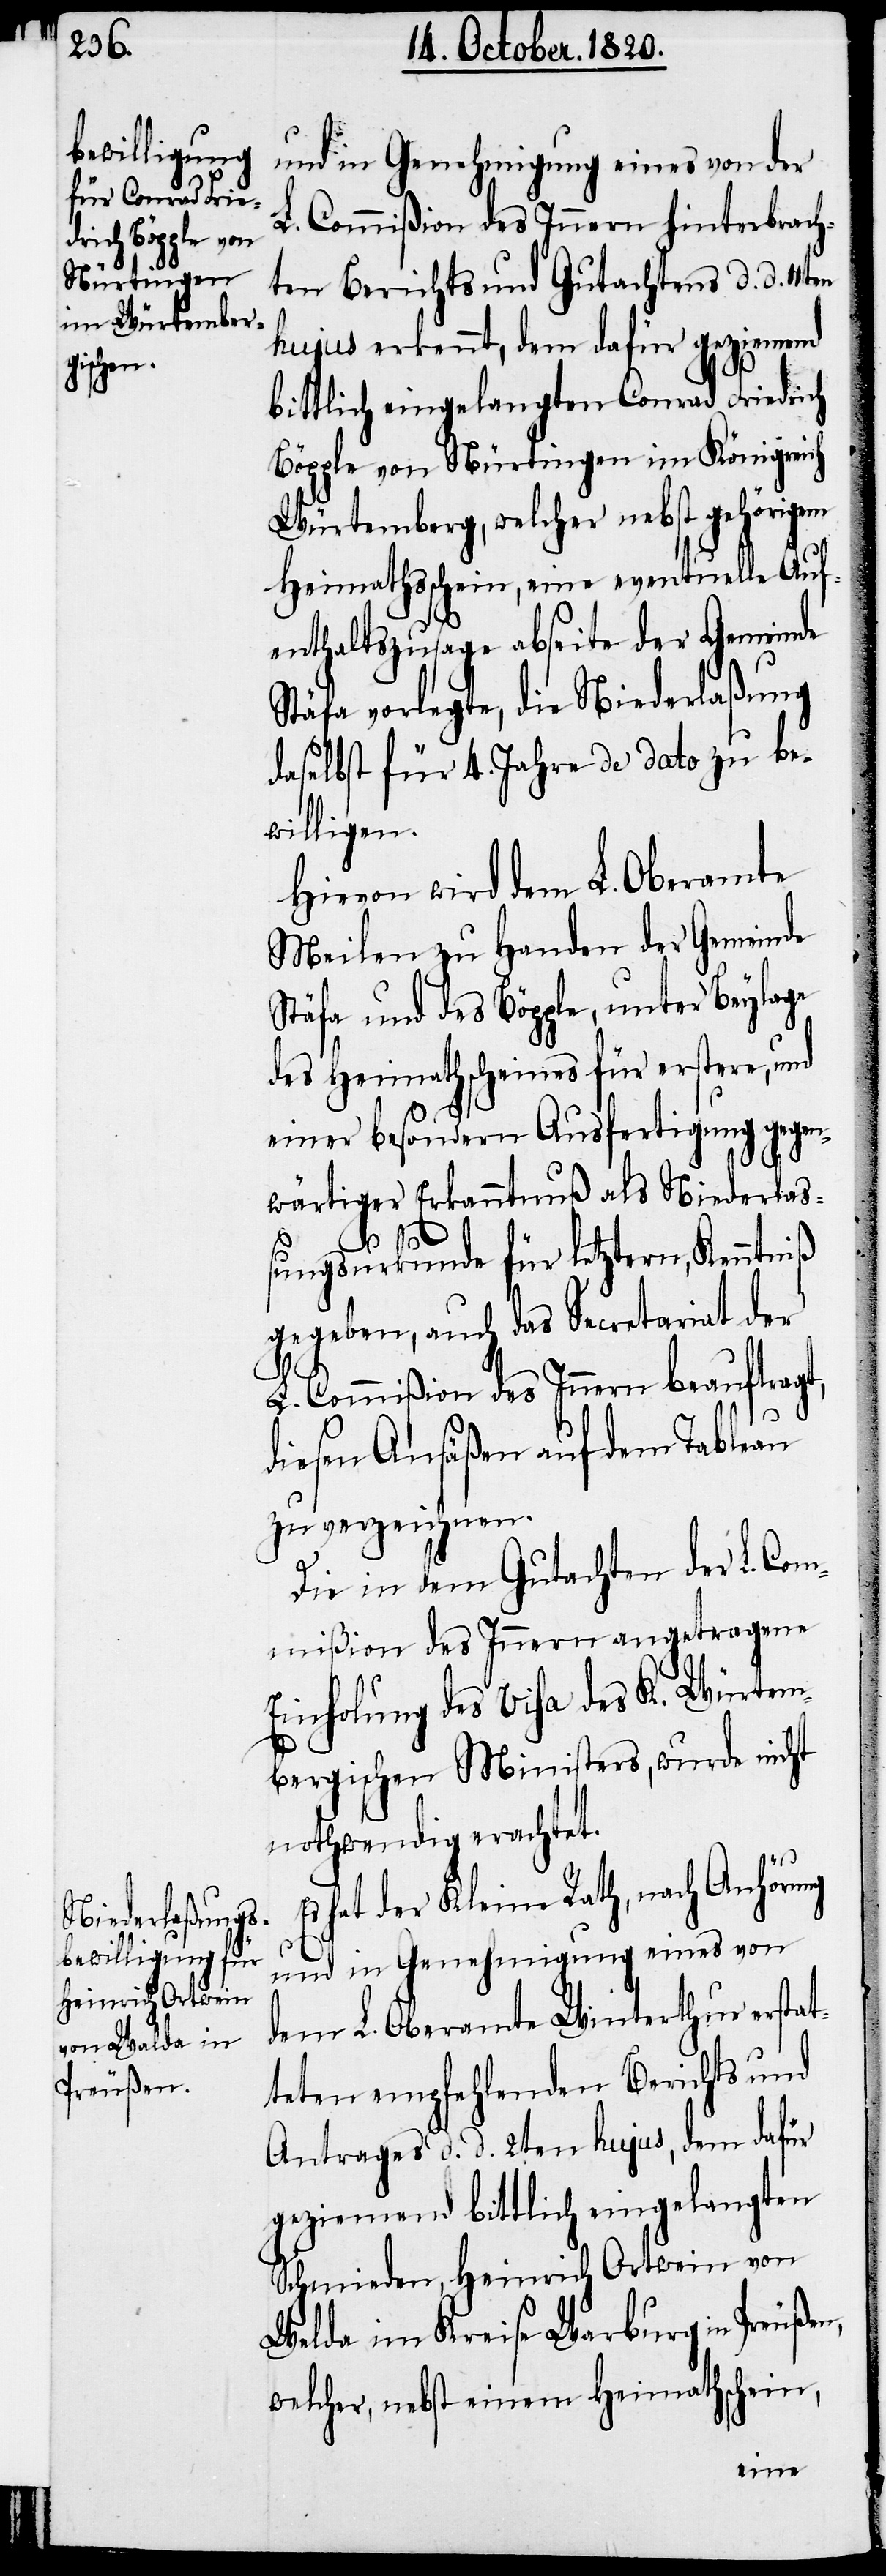
und in Genehmigung eines von der
L. Commißion des Innern hinterbrach¬
ten Berichts und Gutachtens d. d.
hujus erkennt, dem dafür geziemend
bittlich eingelangten Conrad Friedrich
Böpple von Nürtingen im Königreich
Würtemberg, welcher nebst gehörigem
Heimathsschein eine eventuelle Auf¬
enthaltszusage abseite der Gemeinde
Stäfa vorlegte, die Niederlaßung
daselbst für 4. Jahre de dato zu be¬
willigen.
Hievon wird dem L. Oberamte
Meilen zu Handen der Gemeinde
Stäfa und des Böpple, unter Beylage
des Heimathscheines für erstere, und
einer besondern Ausfertigung gegen¬
wärtiger Erkanntnuß als Niederlas¬
sungsurkunde für letztern, Kenntniß
gegeben, auch das Secretariat der
L. Commißion des Innern beauftragt,
diesen Ansäßen auf dem Tableau
zu verzeichnen.
Die in dem Gutachten der L. Com¬
mißion des Innern angetragene
Einholung des Visa des K. Würtem¬
bergischen Ministers, wurde nicht
nothwendig erachtet.
hat der Kleine Rath, nach Anhörung
und in Genehmigung eines von
dem L. Oberamte Winterthur erstat¬
ten empfehlenden Berichts und
Antrages d. d. 2ten hujus, dem dafür
geziemend bittlich eingelangten
Schmieden, Heinrich Ortwein von
Walde im Kreise Warburg in Preußen,
welcher, nebst einem Heimathsschein,